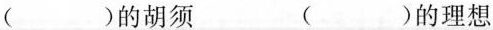
()的胡须 ()的理想